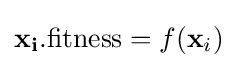
\mathbf {x_{i}} .{\text{fitness}}=f(\mathbf {x} _{i})